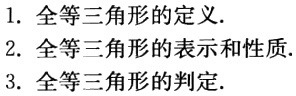
1. 全等三角形的定义.
2. 全等三角形的表示和性质.
3. 全等三角形的判定.